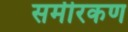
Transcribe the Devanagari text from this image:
समीरकण